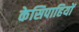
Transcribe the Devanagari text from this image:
केसिपाहियों